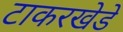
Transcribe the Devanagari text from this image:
टाकरखेडे